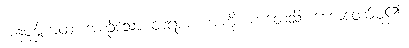
အနုပုဗ္ဗိကထံ၊ အစဉ်သော တရားစကားကို။ ကထေသိ၊ ဟောတော်မူ၏။